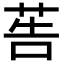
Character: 𦮽